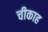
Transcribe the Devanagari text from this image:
चीकाह